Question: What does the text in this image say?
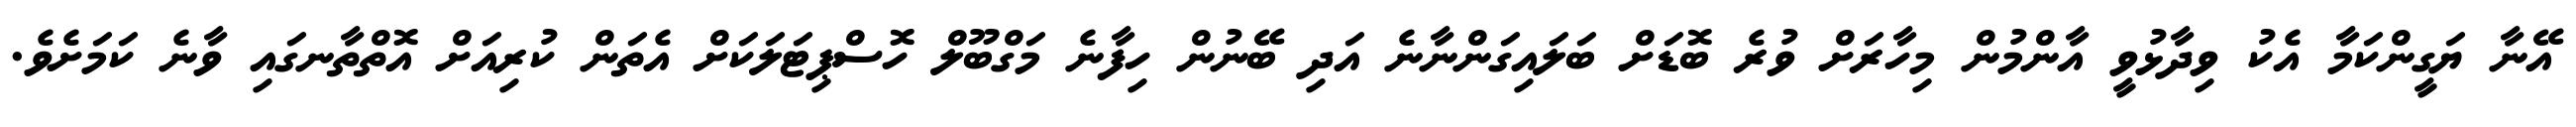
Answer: އޭނާ ޔަގީންކަމާ އެކު ވިދާޅުވީ އާންމުން މިހާރަށް ވުރެ ބޮޑަށް ބަލައިގަންނާނެ އަދި ބޭނުން ހިފާނެ މަގްބޫލް ހޮސްޕިޓަލަކަށް އެތަން ކުރިއަށް އޮތްތާނގައި ވާނެ ކަމަށެވެ.